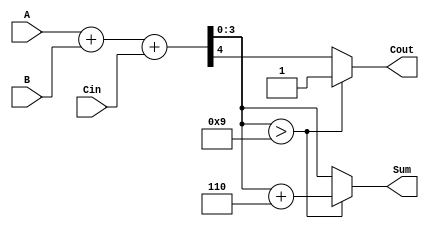
module BCD_Adder (
    input [3:0] A,      // First BCD digit
    input [3:0] B,      // Second BCD digit
    input Cin,          // Carry input
    output reg [3:0] Sum, // Resulting BCD digit
    output reg Cout      // Carry output
);

    wire [4:0] S; // 5-bit sum to accommodate carry
    wire [3:0] corrected_sum;

    // Step 1: Perform binary addition
    assign S = A + B + Cin; // S[4:0] = A + B + Cin

    // Step 2: BCD correction
    always @(*) begin
        if (S[3:0] > 9) begin
            // If the result is greater than 9, add 6
            Sum = S[3:0] + 4'd6;
            Cout = 1; // Set carry out
        end else begin
            // Result is valid BCD
            Sum = S[3:0];
            Cout = S[4]; // Carry out is the 5th bit
        end
    end

endmodule